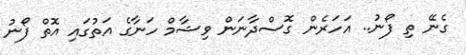
ގެނޭ ތި ފޯނު.. އަހަރެން ގޮސްދާނަން ވިޝާމް ހަނާގެ އަތުގައި އޮތް ފޯނު